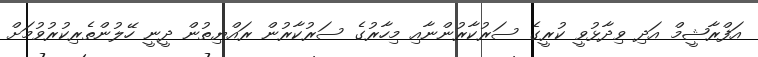
އަފްރާޝީމް އަދި ވިދާޅުވީ ކުރީގެ ސަރުކާރުންނާއި މިހާރުގެ ސަރުކާރުން ރައްޔިތުން ދީނީ ހޭލުންތެރިކުރުވުމަށް